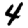
Digit: 4